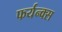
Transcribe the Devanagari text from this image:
फर्यन्क्स